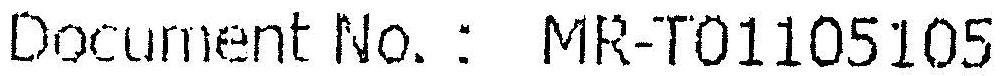
DOCUMENT NO.: MR-T01105105